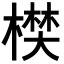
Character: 𣙑